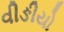
વીઙીયો